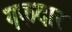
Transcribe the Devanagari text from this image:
गफदार